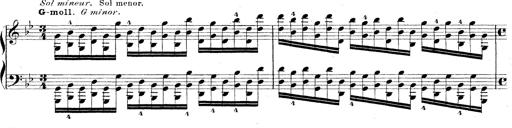
Title: Technische Studien
Composer: Franz Liszt